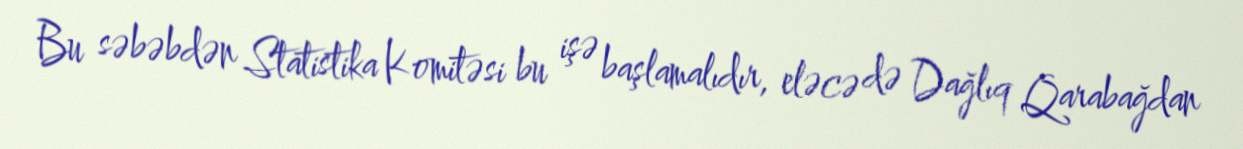
Bu səbəbdən Statistika Komitəsi bu işə başlamalıdır, eləcə də Dağlıq Qarabağdan